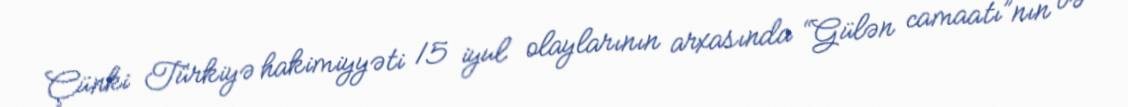
Çünki Türkiyə hakimiyyəti 15 iyul olaylarının arxasında “Gülən camaatı”nın və